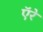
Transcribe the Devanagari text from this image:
ऍरे